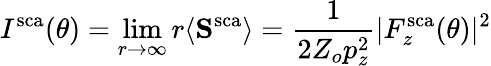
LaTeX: I^{\mathrm{sca}}(\theta)=\operatorname*{lim}_{r\rightarrow\infty}r\langle\mathbf{S}^{\mathrm{sca}}\rangle=\frac{1}{2Z_{o}p_{z}^{2}}|F_{z}^{\mathrm{sca}}(\theta)|^{2}